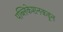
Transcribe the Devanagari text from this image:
पब्लिकेशनकडून